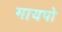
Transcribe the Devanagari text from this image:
मायपो